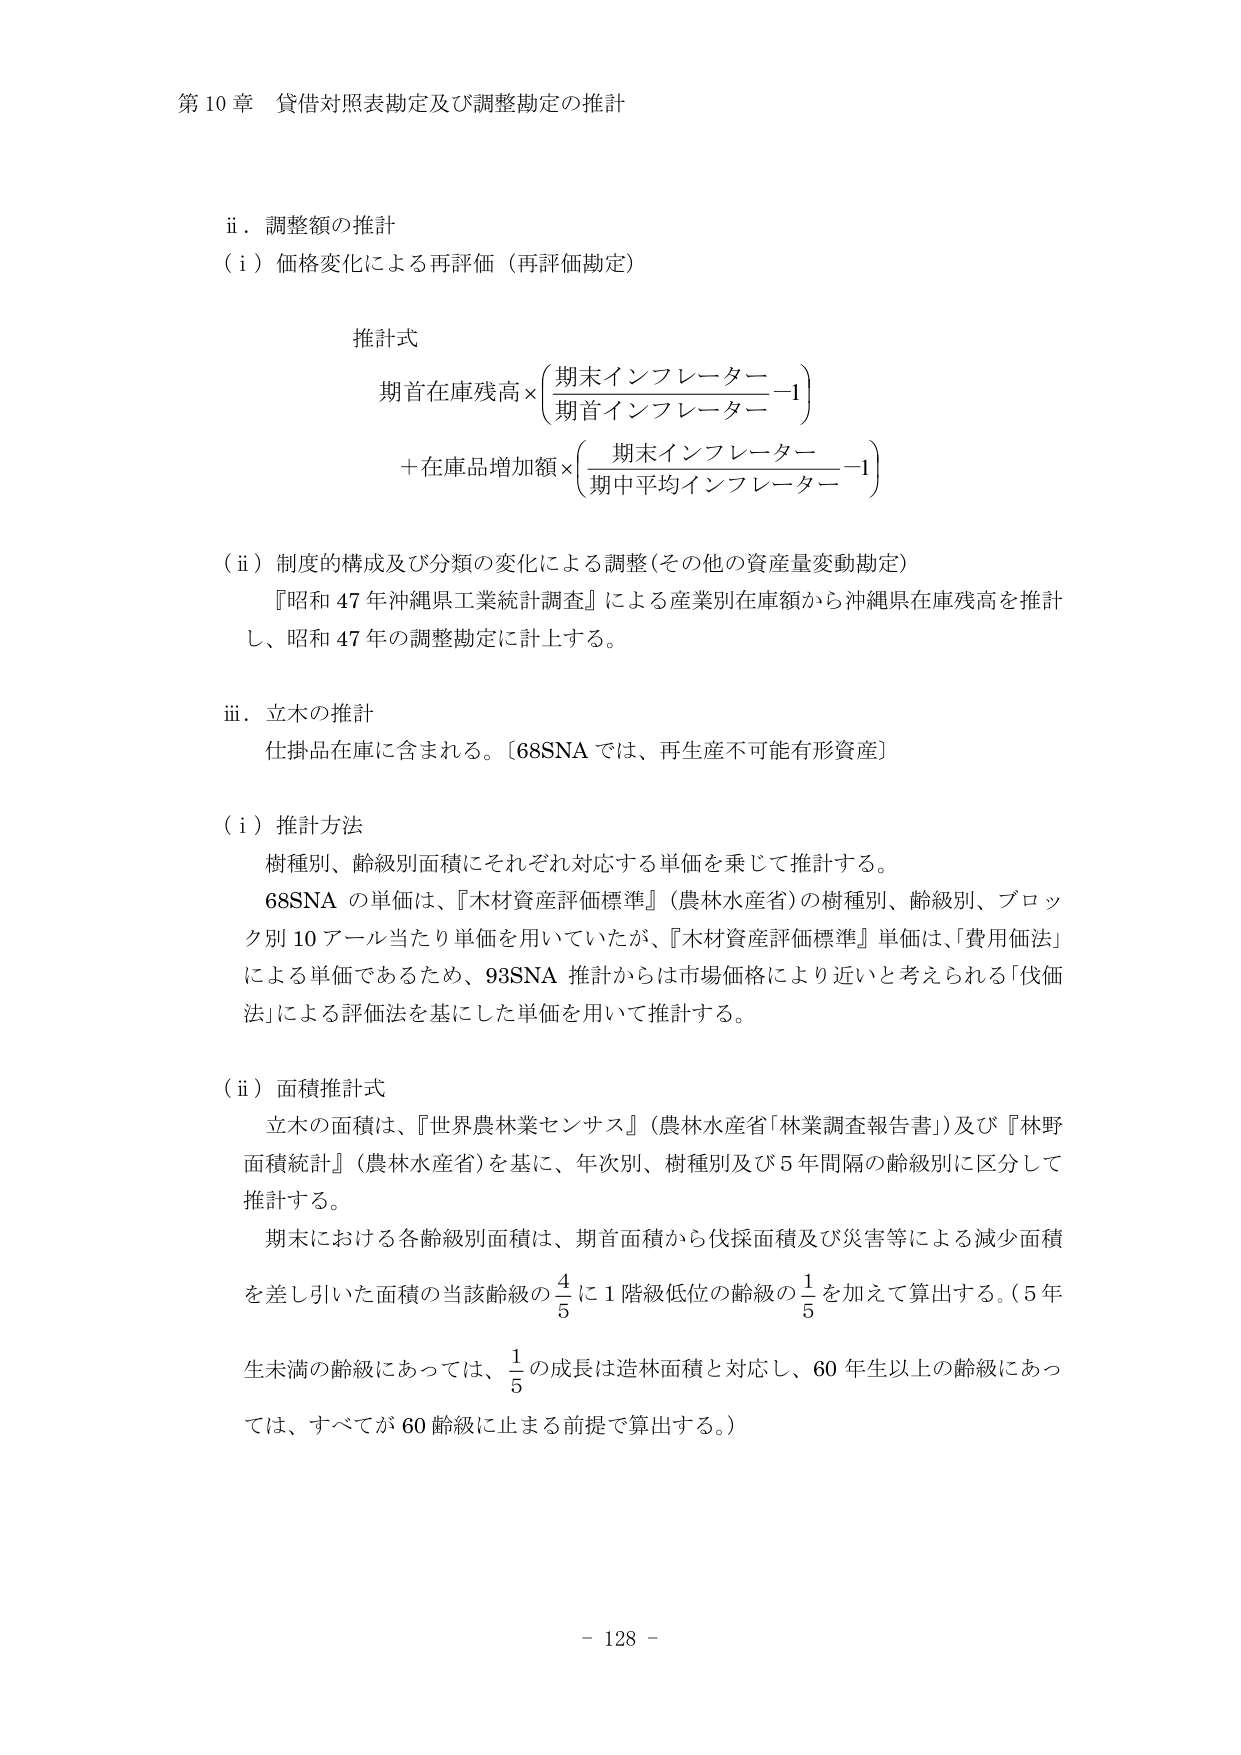
第10章 貸借対照表勘定及び調整勘定の推計

ii．調整額の推計
（i）価格変化による再評価（再評価勘定）

推計式
期首在庫残高×（期末インフレーター／期首インフレーター－1）
＋在庫品増加額×（期末インフレーター／期中平均インフレーター－1）

（ii）制度的構成及び分類の変化による調整（その他の資産量変動勘定）
『昭和47年沖縄県工業統計調査』による産業別在庫額から沖縄県在庫残高を推計し、昭和47年の調整勘定に計上する。

iii．立木の推計
仕掛品在庫に含まれる。［68SNAでは、再生産不可能有形資産］

（i）推計方法
樹種別、齢級別面積にそれぞれ対応する単価を乗じて推計する。
68SNAの単価は、『木材資産評価標準』（農林水産省）の樹種別、齢級別、ブロック別10アール当たり単価を用いていたが、『木材資産評価標準』単価は、「費用価法」による単価であるため、93SNA推計からは市場価格により近いと考えられる「伐価法」による評価法を基にした単価を用いて推計する。

（ii）面積推計式
立木の面積は、『世界農林業センサス』（農林水産省「林業調査報告書」）及び『林野面積統計』（農林水産省）を基に、年次別、樹種別及び5年間隔の齢級別に区分して推計する。
期末における各齢級別面積は、期首面積から伐採面積及び災害等による減少面積を差し引いた面積の当該齢級の4/5に1階級低位の齢級の1/5を加えて算出する。（5年生未満の齢級にあっては、1/5の成長は造林面積と対応し、60年生以上の齢級にあっては、すべてが60齢級に止まる前提で算出する。）

－128－